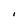
Character: I